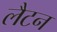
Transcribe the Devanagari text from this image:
लैटन